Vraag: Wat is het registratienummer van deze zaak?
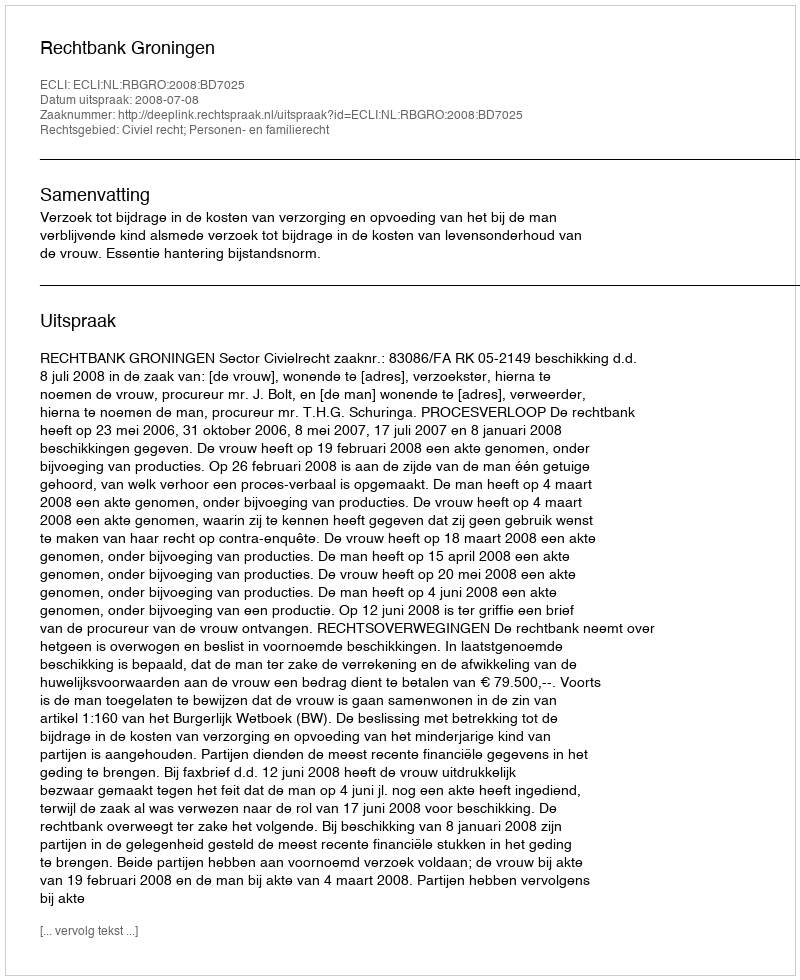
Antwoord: http://deeplink.rechtspraak.nl/uitspraak?id=ECLI:NL:RBGRO:2008:BD7025